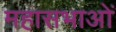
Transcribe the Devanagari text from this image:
महासभाओं